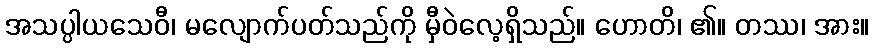
အသပ္ပါယသေဝီ၊ မလျောက်ပတ်သည်ကို မှီဝဲလေ့ရှိသည်။ ဟောတိ၊ ၏။ တဿ၊ အား။